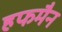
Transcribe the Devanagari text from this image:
हफमैन